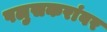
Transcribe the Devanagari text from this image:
पलुसकरांवर